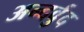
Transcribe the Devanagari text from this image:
अन्दर्वुद